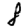
Digit: 8